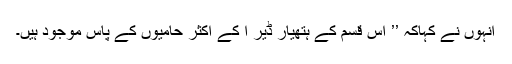
انہوں نے کہاکہ ’’ اس قسم کے ہتھیار ڈیر ا کے اکثر حامیوں کے پاس موجود ہیں۔